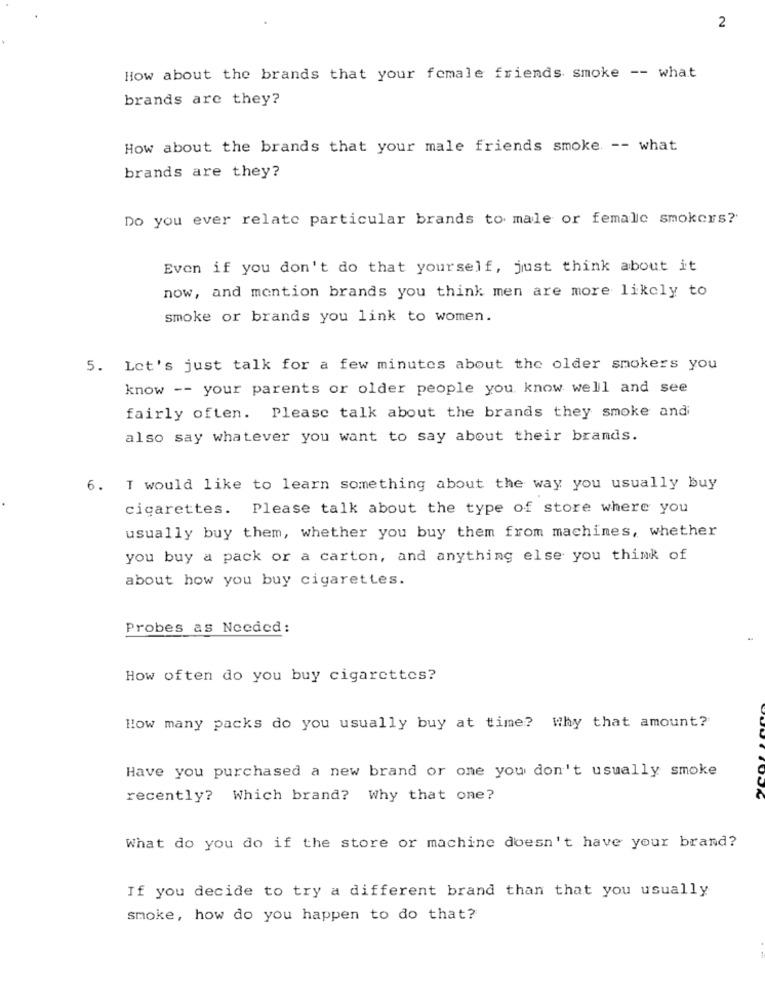
2
How about the brands that your female friends smoke -- what
brands are they?
How about the brands that your male friends smoke -- what
brands are they?
Do you ever relate particular brands to male or female smokers?
Even if you don't do that yourself, just think about it
now, and mention brands you think men are more likely to
smoke or brands you link to women.
5. Let's just talk for a few minutes about the older smokers you
know -- your parents or older people you know well and see
fairly often. Please talk about the brands they smoke andi
also say whatever you want to say about their brands.
6. I would like to learn something about the way you usually buy
cigarettes. Please talk about the type of store where you
usually buy them, whether you buy them from machines, whether
you buy a pack or a carton, and anything else you think of
about how you buy cigarettes.
Probes as Needed:
How often do you buy cigarettes?
How many packs do you usually buy at time? Why that amount?
Have you purchased a new brand or one you don't usually smoke
recently? Which brand? Why that one?
What do you do if the store or machine doesn't have your brand?
If you decide to try a different brand than that you usually
smoke, how do you happen to do that?